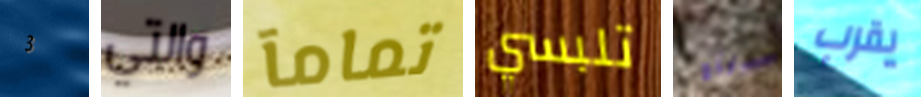
3 والتي تمامآ تلبسي جينج يقرب